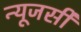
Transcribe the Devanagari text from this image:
न्‍यूजर्सी